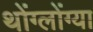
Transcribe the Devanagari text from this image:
थोंग्लोंग्या